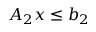
A _ { 2 } x \leq b _ { 2 }